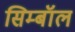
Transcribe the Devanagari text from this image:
सिम्बॉल